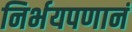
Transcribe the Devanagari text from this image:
निर्भयपणानं